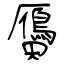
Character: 贗